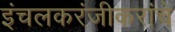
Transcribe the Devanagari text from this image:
इंचलकरंजीकरांचे